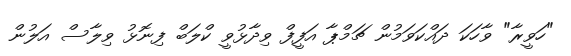
"ހަވީރާ" ވާހަކަ ދައްކަވަމުން ޗަމްޕާ އަފީފް ވިދާޅުވީ ކްލަބް ފިނޮޅު ވިލާސް އަލުން